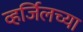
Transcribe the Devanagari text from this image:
व्हर्जिलच्या